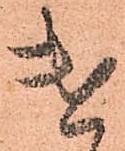
遣